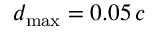
d _ { \operatorname* { m a x } } = 0 . 0 5 \, c